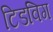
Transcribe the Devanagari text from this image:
टिडविग